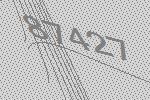
87427